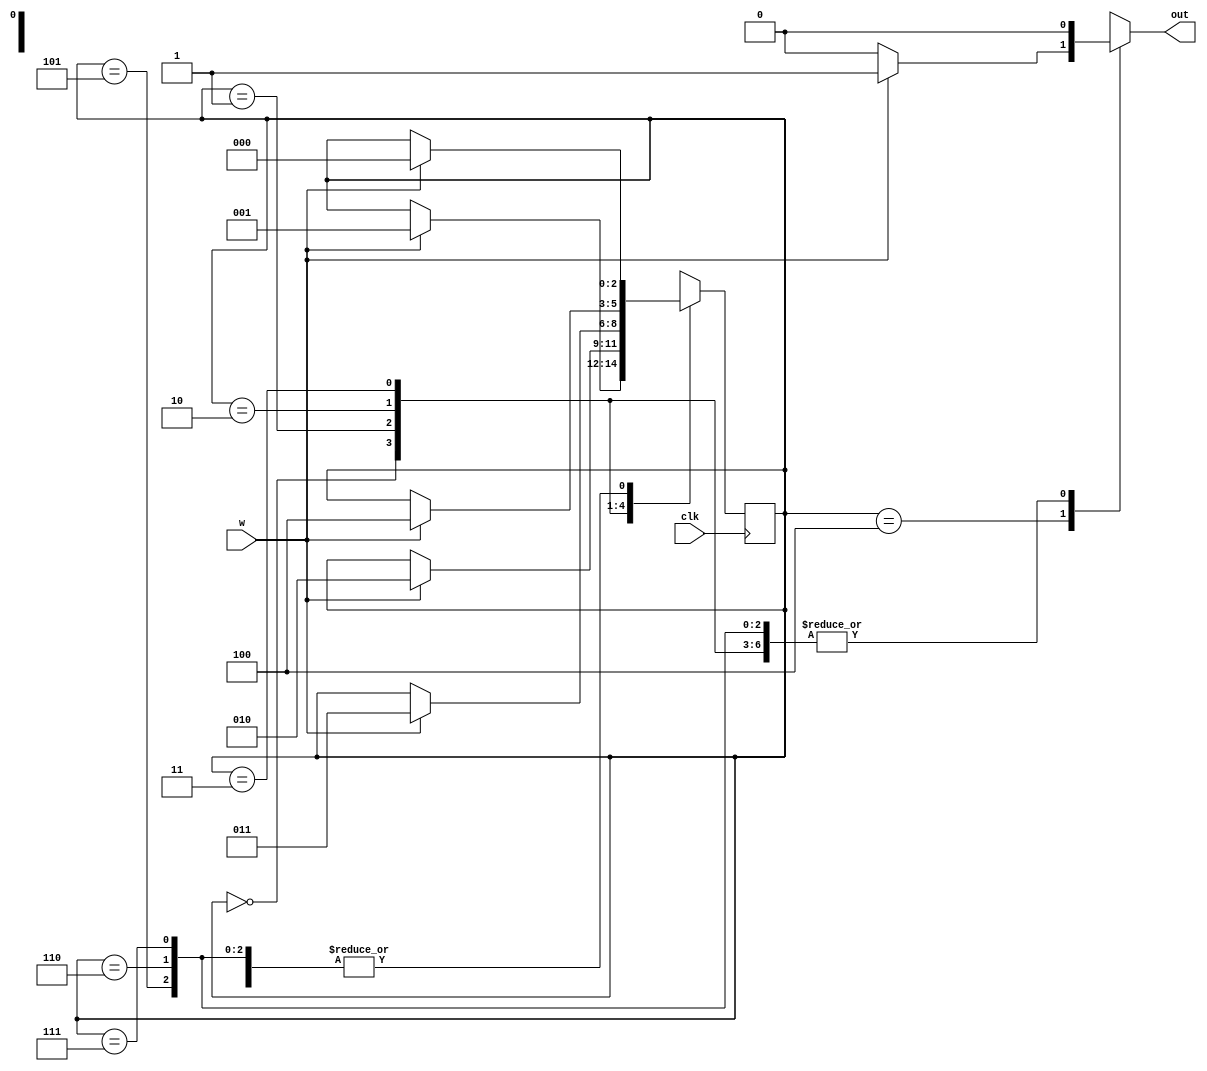
module sml(clk, w, out);
	
	input clk, w;
	output reg out;
	
	localparam [2:0]
		zero = 3'b000,
		one = 3'b001,
		two = 3'b010,
		three = 3'b011,
		four = 3'b100,
		five = 3'b101,
		six = 3'b110,
		seven = 3'b111;
		
	reg[2:0] stateMealy_reg, stateMealy_next;
	
	always @(posedge clk)
	begin
		stateMealy_reg <= stateMealy_next;
	end
	
	always @(stateMealy_reg, w)
	begin
		stateMealy_next = stateMealy_reg;
		out = 1'b0;
		case(stateMealy_reg)
			zero:
				if(w)
					stateMealy_next = one;
			one:
				if(w)
					stateMealy_next = two;
			two:
				if(w)
					stateMealy_next = three;
			three:
				if(w)
					stateMealy_next = four;
			four:
				if(w)
				begin
					stateMealy_next = zero;
					out = 1'b1;
				end
			five:
				if(w)
					stateMealy_next = zero;
			six:
				if(w)
					stateMealy_next = zero;
			seven:
				if(w)
					stateMealy_next = zero;
		endcase
	end
	
endmodule